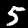
Digit: 5